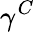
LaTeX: \gamma^{C}